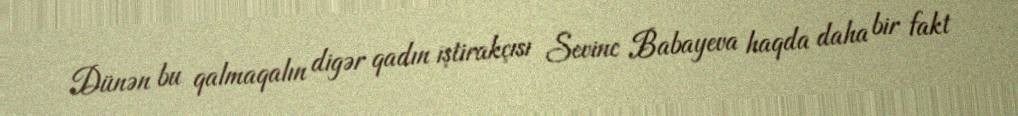
Dünən bu qalmaqalın digər qadın iştirakçısı Sevinc Babayeva haqda daha bir fakt